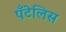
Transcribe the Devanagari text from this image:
पँटेलिस